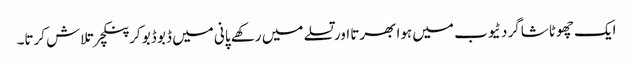
ایک چھوٹا شاگرد ٹیوب میں ہوا بھرتا اور تسلے میں رکھے پانی میں ڈبو ڈبو کر پنکچر تلاش کرتا۔